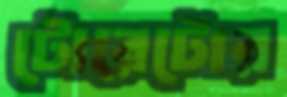
টোরেটোর